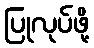
ပြုလုပ်ဖို့